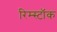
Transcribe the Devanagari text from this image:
रिम्स्टॉक